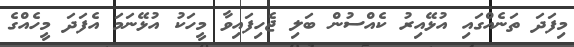
މިފަދަ ތަނެއްގައި އުޅޭއިރު ކެއްސުން ބަލި ޖެހިފައިވާ މީހަކު އުޅޭނަމަ އެފަދަ މީހެއްގެ